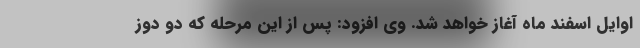
اوایل اسفند ماه آغاز خواهد شد. وی افزود: پس از این مرحله که دو دوز